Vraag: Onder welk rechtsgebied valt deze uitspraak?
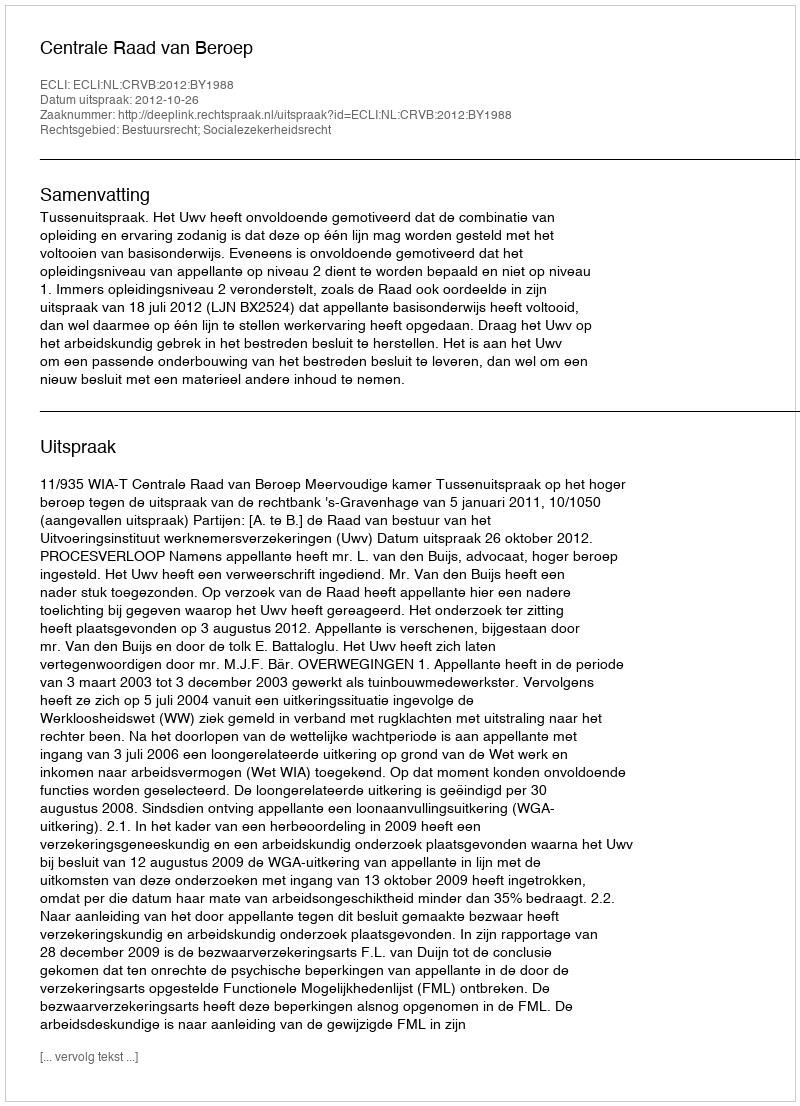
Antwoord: Bestuursrecht; Socialezekerheidsrecht